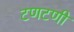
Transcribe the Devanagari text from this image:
टणटणी